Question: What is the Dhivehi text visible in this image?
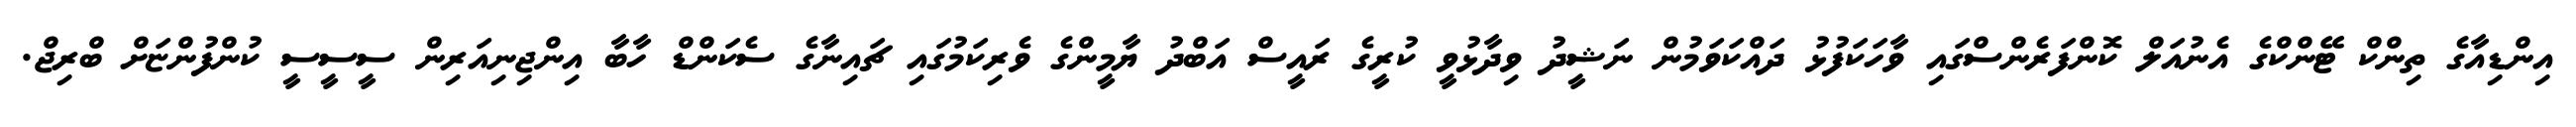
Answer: އިންޑިއާގެ ތިންކް ޓޭންކްގެ އެނުއަލް ކޮންފަރެންސްގައި ވާހަކަފުޅު ދައްކަވަމުން ނަޝީދު ވިދާޅުވީ ކުރީގެ ރައީސް އަބްދު ޔާމީންގެ ވެރިކަމުގައި ޗައިނާގެ ސެކަންޑް ހާބާ އިންޖިނިއަރިން ސީސީސީ ކުންފުންޏަށް ބްރިޖް.